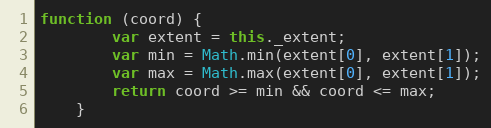
Language: JavaScript
function (coord) {
        var extent = this._extent;
        var min = Math.min(extent[0], extent[1]);
        var max = Math.max(extent[0], extent[1]);
        return coord >= min && coord <= max;
    }